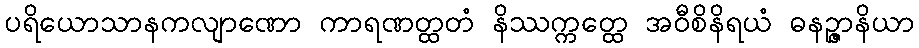
ပရိယောသာနကလျာဏော ကာရဏတ္ထတံ နိဿက္ကတ္ထေ အဝီစိနိရယံ ဓနဉ္ဇာနိယာ